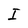
Character: I